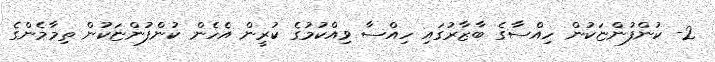
2- ކުންފުންޏަކުން ހިއްސާގެ ބާޒާރުގައި ހިއްސާ ވިއްކުމުގެ ކުރީން އެހެން ކުންފުންޏަކުން ތިމާމެންގެ